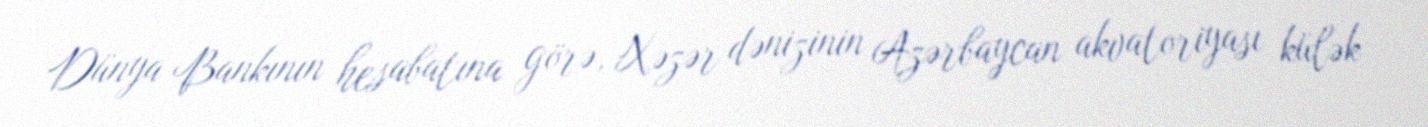
Dünya Bankının hesabatına görə, Xəzər dənizinin Azərbaycan akvatoriyası külək